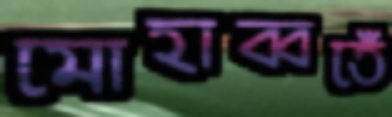
মোহাব্বতেঁ